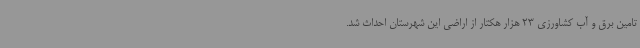
تامین برق و آب کشاورزی 23 هزار هکتار از اراضی این شهرستان احداث شد.